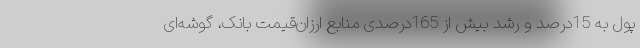
پول به 15درصد و رشد بیش از 165درصدی منابع ارزان‌قیمت بانک، گوشه‌ای